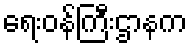
ရေးဝန်ကြီးဌာနက